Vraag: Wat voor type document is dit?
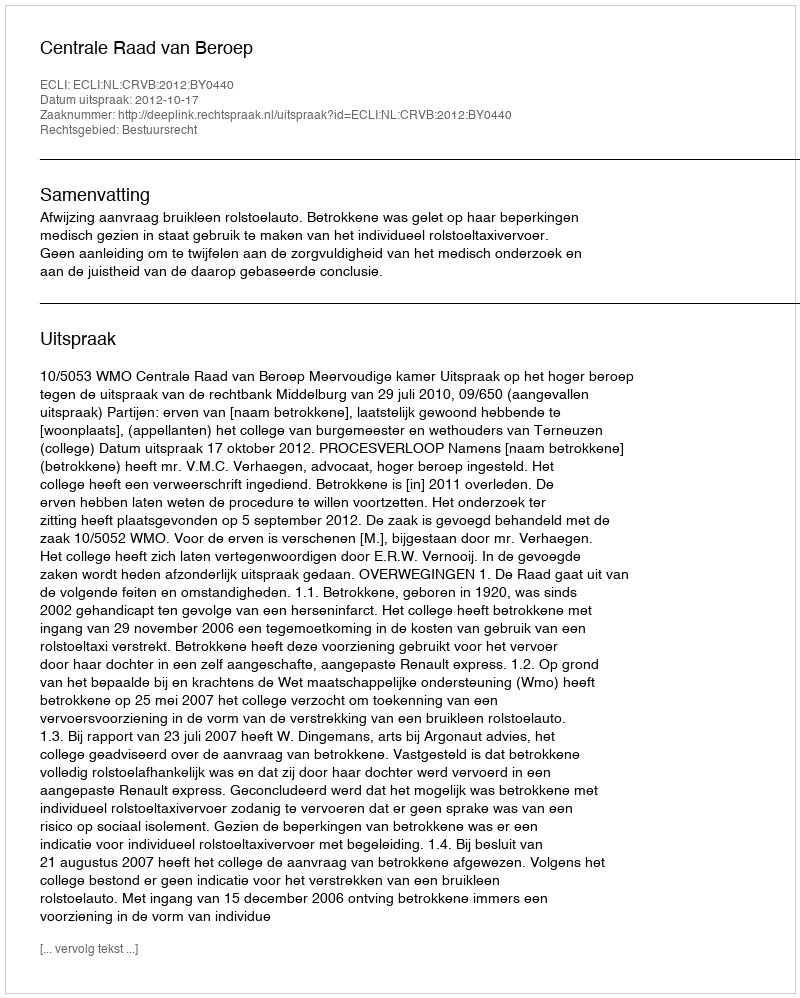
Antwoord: Uitspraak